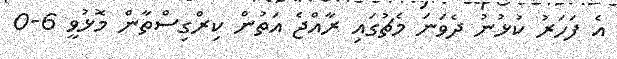
އެ ފަހަރު ކުޅުނު ދެވަނަ މެޗުގައި ރާއްޖެ އަތުން ކިރްގިސްތާން މޮޅުވީ 6-0